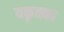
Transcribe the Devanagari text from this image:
यकृतका